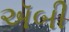
ઍબી